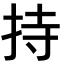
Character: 持